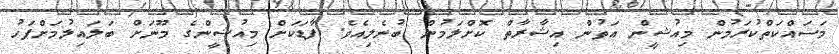
މަސައްކަތްކުރަމުން މިއުޝީން އަތުން އިޝާރާތް ކޮށްލަމުން ބުނެލިއެވެ. ފާޑަކަށް މިއުޝީންގެ މޫނަށް ބަލައިލުމަށްފަހު